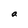
Character: a